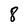
Character: 8